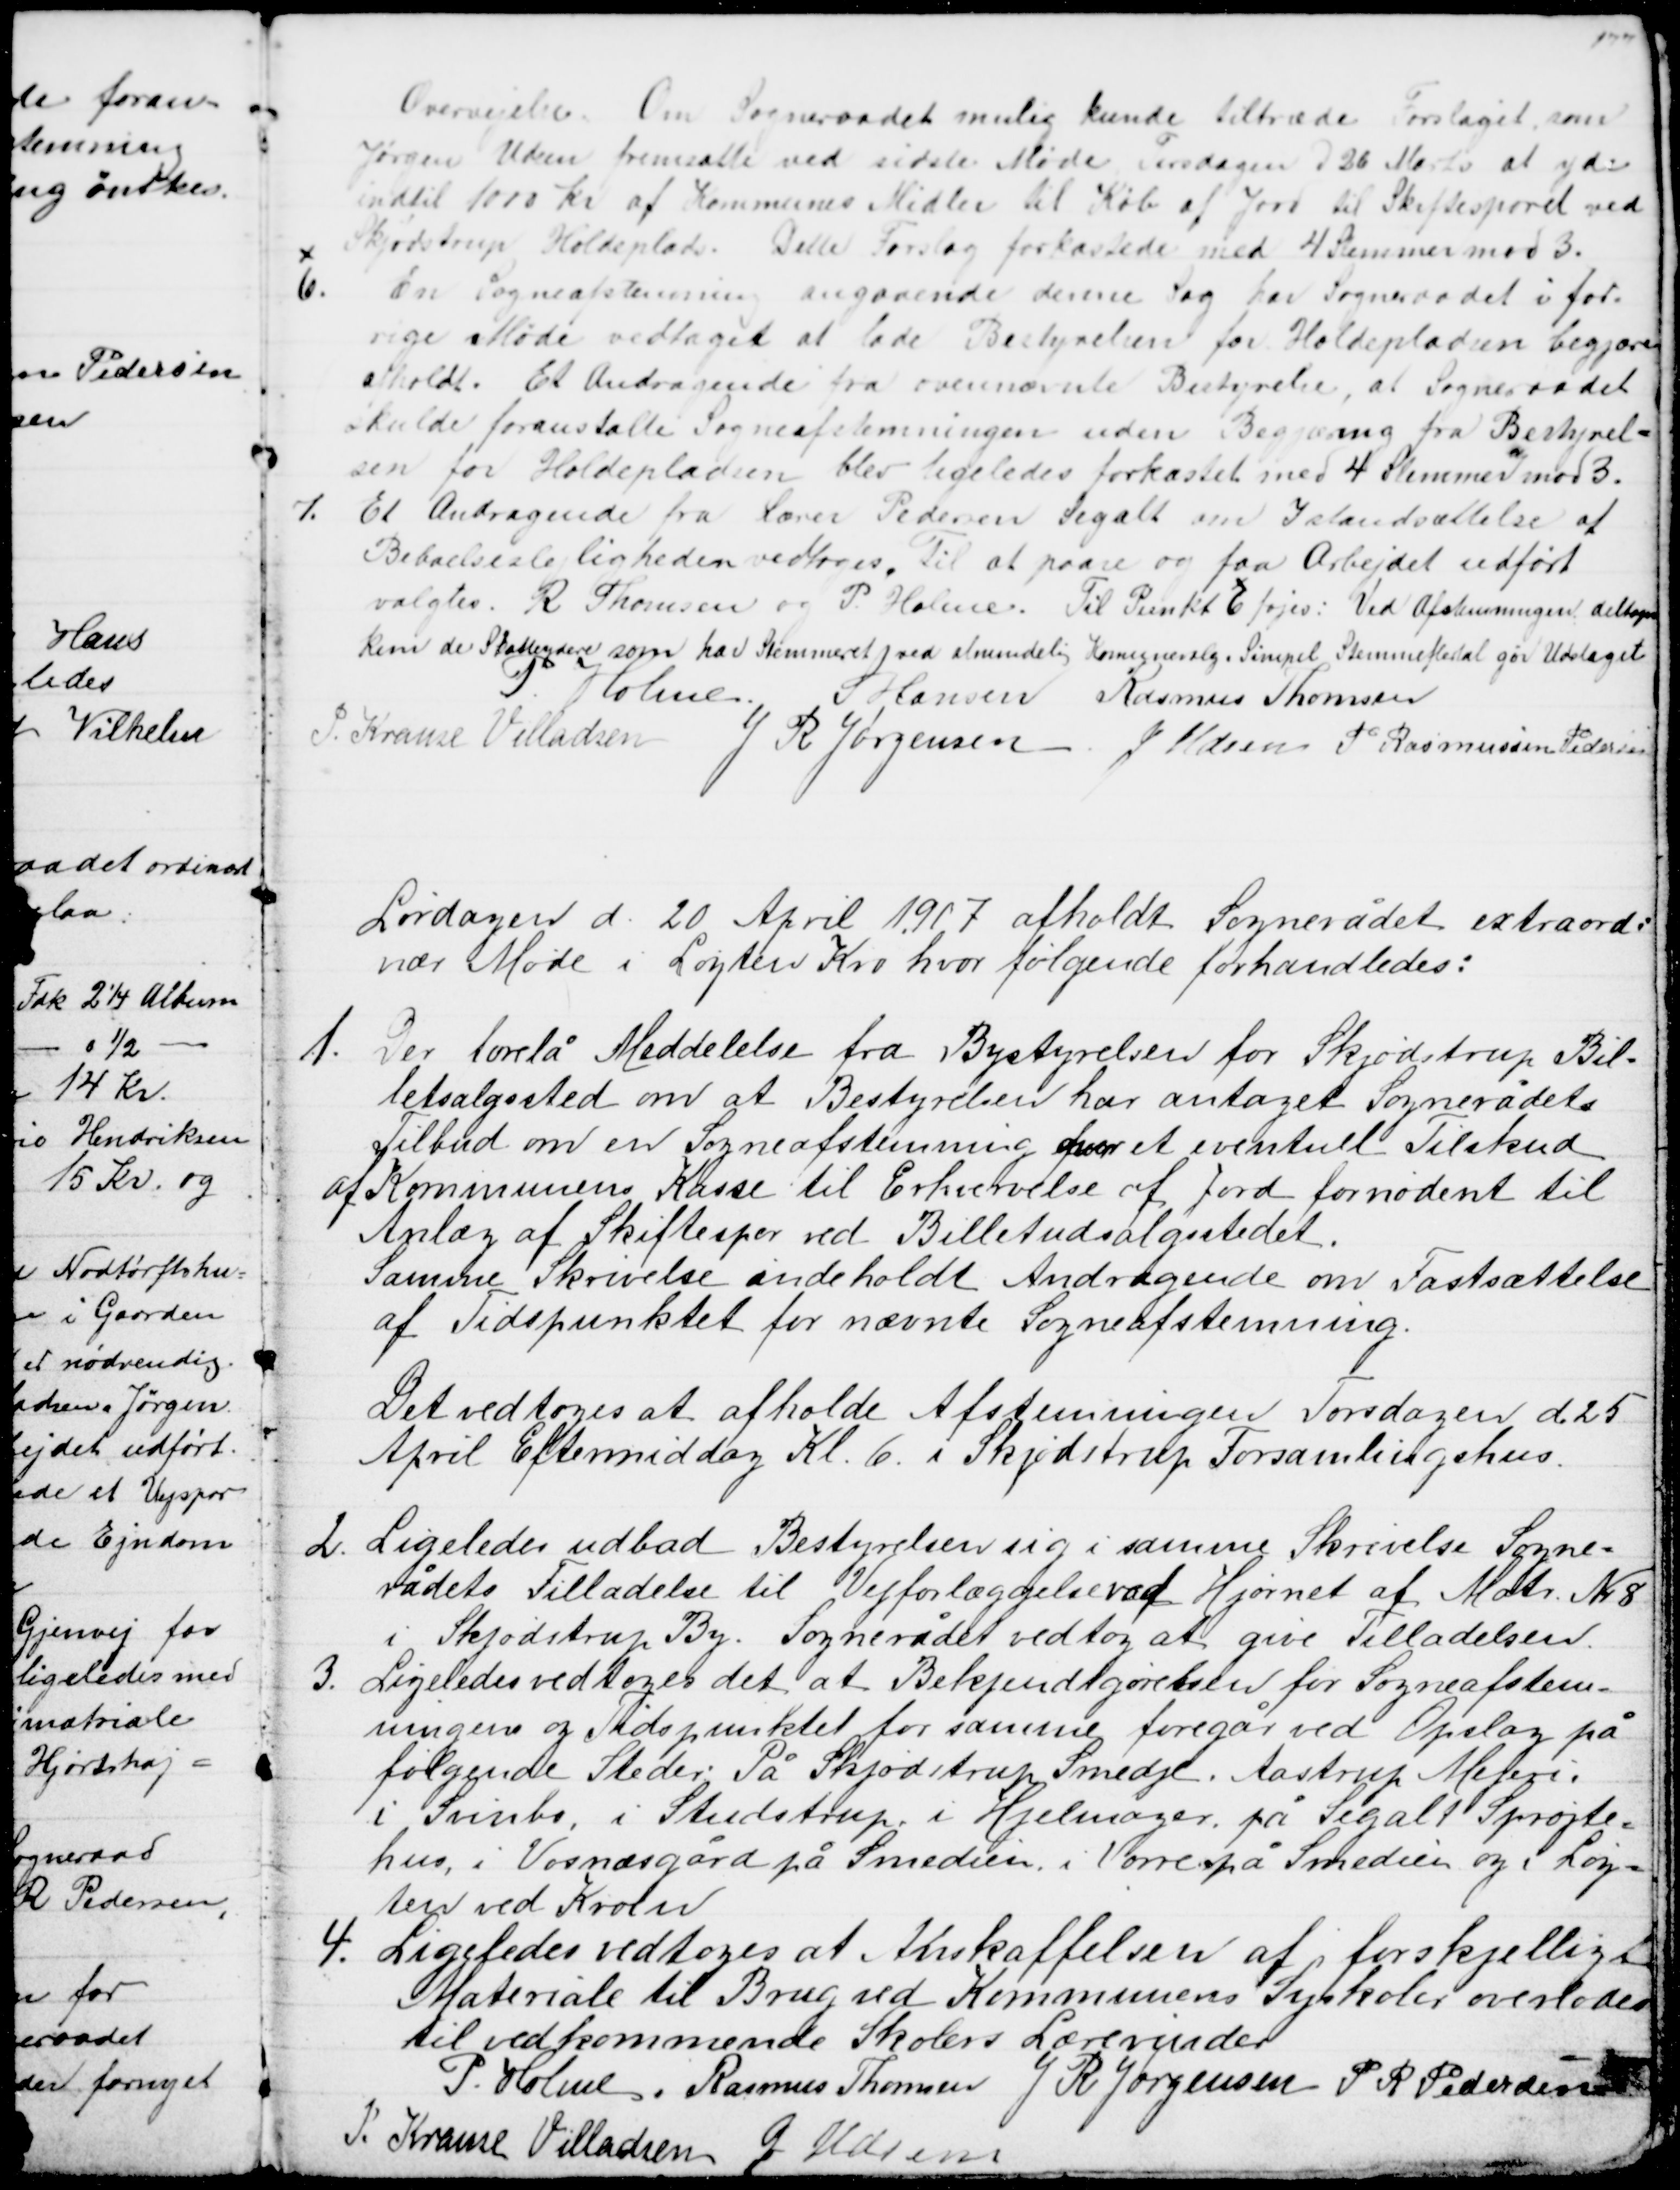
Transskription:
Overvejelse. Om Sogneraadet mulig kunde tiltræde Forslaget, som
Jørgen Udsen fremsatte ved sidste Møde Tirsdagen d 26 Marts at yde
indtil 1000 kr af Kommunes Midler til Køb af Jord til Skiftesporet ved
Skjødstrup Holdeplads. Dette Forslag forkastede med 4 Stemmer mod 3.
6.
En Sogneafstemning angaaende denne Sag har Sogneraadet i for-
rige Møde vedtaget at lade Bestyrelsen for Holdepladsen begjære
afholdt. Et Andragende fra ovennævnte Bestyrelse, at Sogneraadet
skulde foranstalte Sogneafstemningen uden Begjæring fra Bestyrel=
sen for Holdepladsen blev ligeledes forkastet med 4 Stemmer mod 3.
7.
Et Andragende fra Lærer Pedersen Segalt om Istandsættelse af
Beboelseslejligheden vedtoges. Til at paase og faa Arbejdet udført
valgtes R Thomsen og P. Holme. Til Punkt 6 føjes: Ved Afstemningen deltage
kun de Skatteydere som har Stemmeret ved almindelig Komunevalg. Simpel Stemmeflertal gør Udslaget 
P. Holme S Hansen Rasmus Thomsen
J. Krause Villadsen J R Jørgensen J. Udsen P Rasmussen Pedersen
Lørdagen d. 20 April 1907 afholdt Sognerådet extraordi-
nær Møde i Løgten Kro hvor følgende forhandledes:
1. Der forelå Meddelelse fra Bystyrelsen for Skjødstrup Bil=
letsalgssted om at Bestyrelsen har antaget Sognerådets 
Tilbud om en Sogneafstemning om et eventuel Tilskud
af Kommunens Kasse til Erhvervelse af Jord fornødent til 
Anlæg af Skiftespor ved Billetudsalgsstedet.
Samme Skrivelse indeholdt Andragende om Fastsættelse 
af Tidspunktet for nævnte Sogneafstemning.
Det vedtoges at afholde Afstemningen Torsdagen d. 25
April Eftermiddag Kl. 6. i Skjødstrup Forsamlingshus.
2.
Ligeledes udbad Bestyrelsen sig i samme Skrivelse Sogne=
rådets Tilladelse til Vejforlæggelse ved Hjørnet af Matr. Nr. 8
i Skjødstrup By. Sognerådet vedtog at give Tilladelsen.
3.
Ligeledes vedtoges det at Bekjendtgørelsen for Sogneafstem=
ningen og Tidspunktet for samme foregår ved Opslag på 
følgende Steder På Skjødstrup Smedje, Aastrup Meteri,
i Svinbo, i Studstrup, i Hjelmager, på Segalt Sprøjte=
hus, i Vosnæsgård på Smedien, i Vorre på Smedien og i Løg=
ten ved Kroen
4.
Ligeledes vedtoges at Anskaffelsen af forskjelligt
Materiale til Brug ved Kommunens Syskoler overlodes
til vedkommende Skolers Lærerinder
P. Holme, Rasmus Thomsen  J R Jørgensen P. R. Pedersen
J. Krause Villadsen
J. Udsen